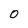
Character: 0